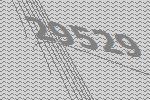
29529